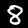
Label: 8